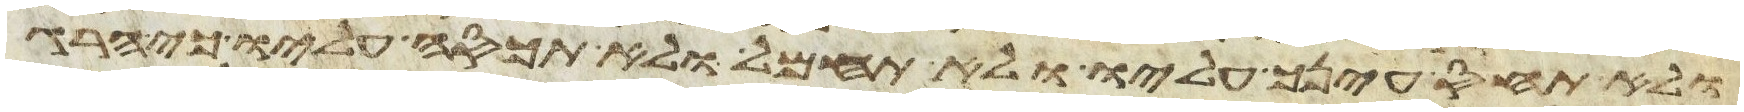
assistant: ולא תחוס עינך עליו ולא תחמל ולא תכסה עליו כי הרג